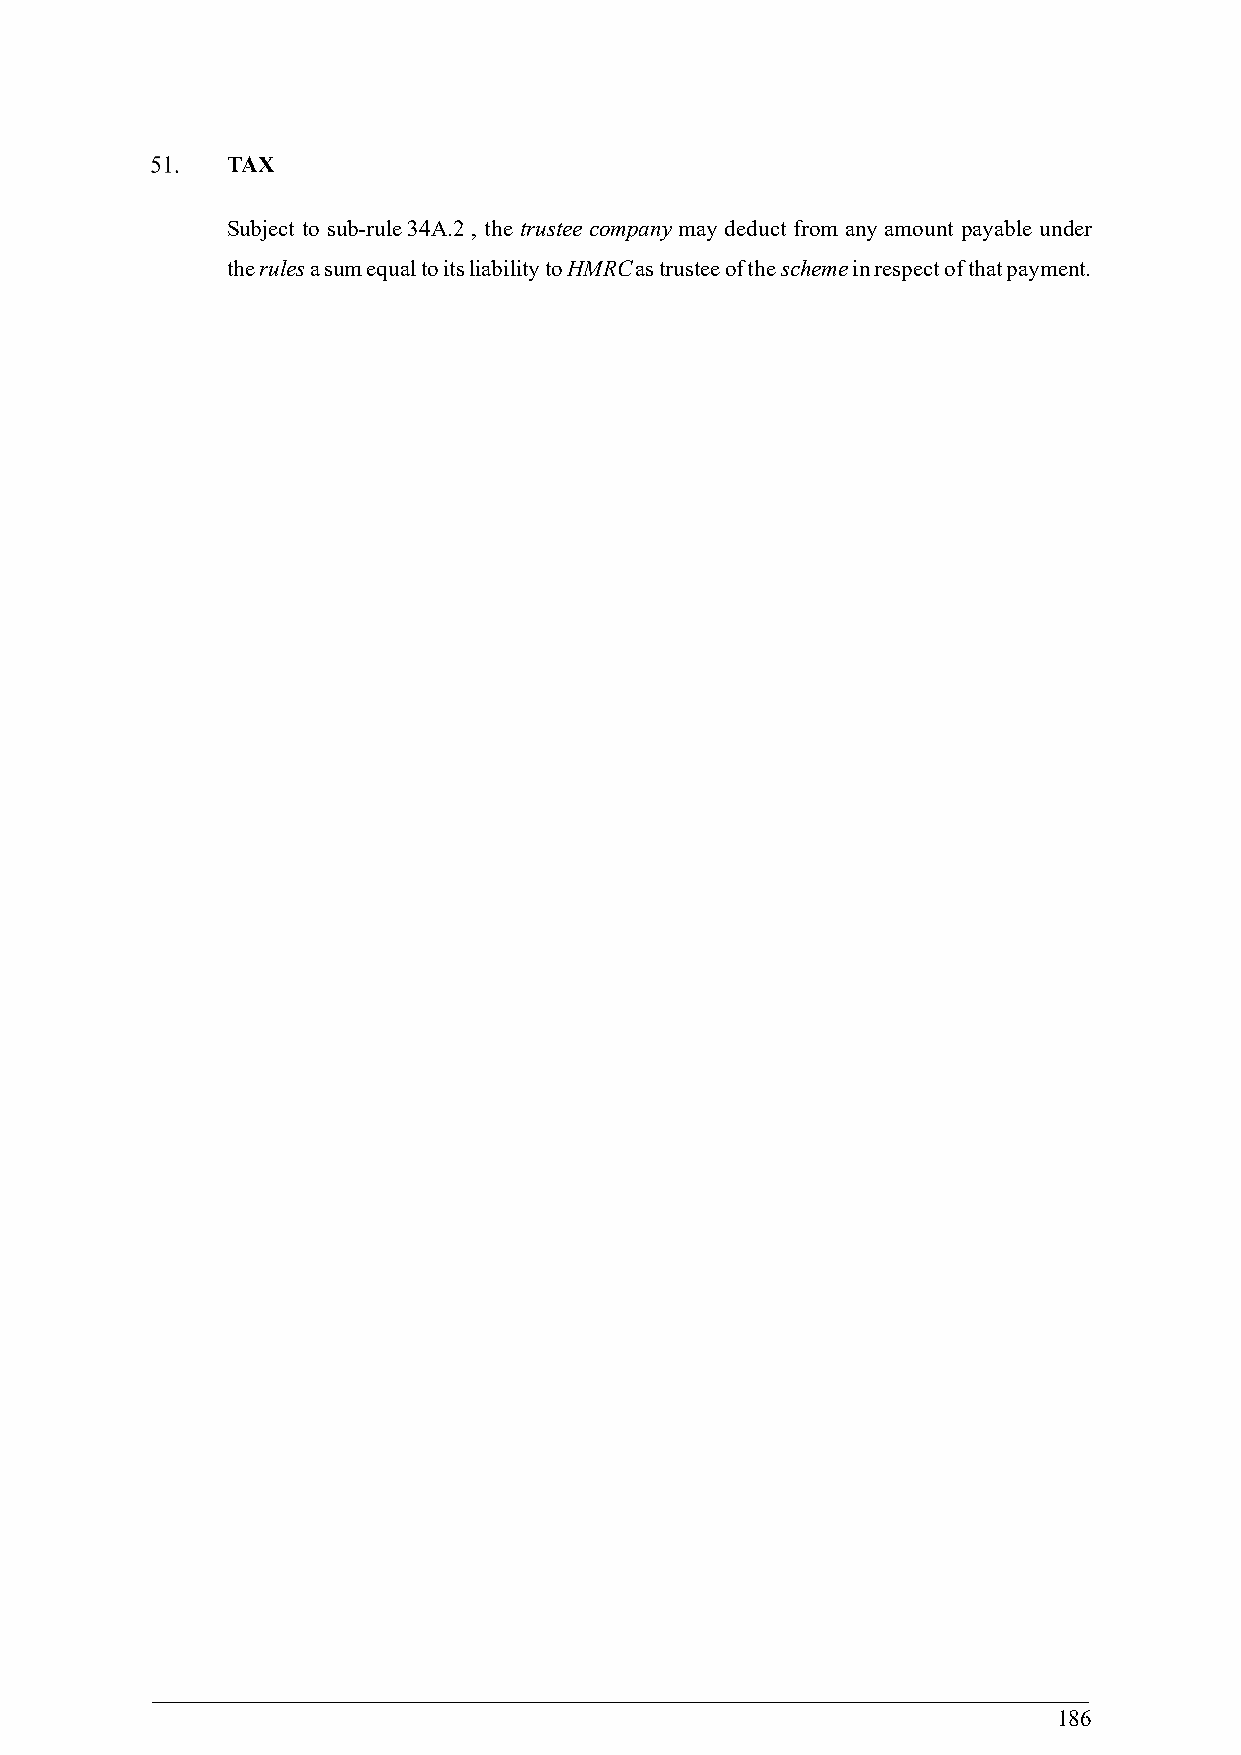
TAX
 Subject to sub-rule 34A.2 , the trustee company may deduct from any amount payable under
 the rules a sum equal to its liability to HMRC as trustee of the scheme in respect of that payment.
 186